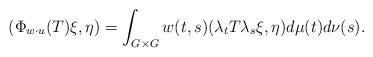
LaTeX: \begin{align*}(\Phi_{w\cdot u}(T)\xi,\eta) = \int_{G\times G} w(t,s) (\lambda_t T \lambda_s\xi,\eta) d\mu(t)d\nu(s).\end{align*}